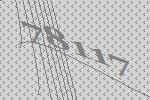
78117